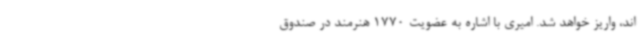
اند، واریز خواهد شد. امیری با اشاره به عضویت 1770 هنرمند در صندوق